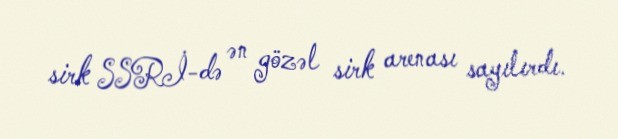
sirk SSRİ-də ən gözəl sirk arenası sayılırdı.